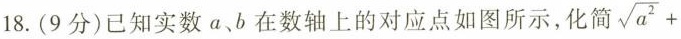
18.（9分）已知实数a、b在数轴上的对应点如图所示，化简$$\sqrt { a ^ { 2 } } +$$